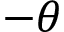
- \theta